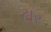
ટાર